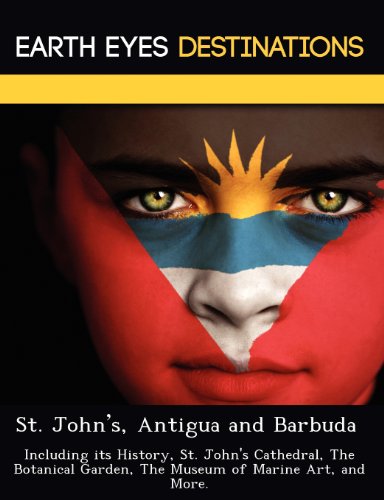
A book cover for St. John's, Antigua and Barbuda: Including its History, St. John's Cathedral, The Botanical Garden, The Museum of Marine Art, and More.; Sandra Wilkins; Travel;